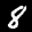
Label: 8